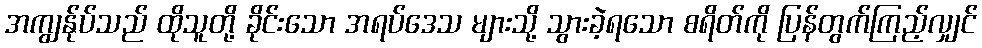
အကျွန်ုပ်သည် ထိုသူတို့ ခိုင်းသော အရပ်ဒေသ များသို့ သွားခဲ့ရသော စရိတ်ကို ပြန်တွက်ကြည့်လျှင်